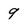
Character: 9